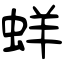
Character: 蛘